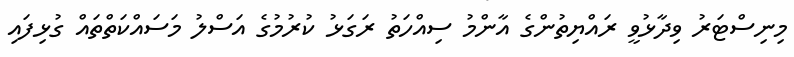
މިނިސްޓަރު ވިދާޅުވީ ރައްޔިތުންގެ އާންމު ސިއްހަތު ރަގަޅު ކުރުމުގެ އަސްލު މަސައްކަތްތައް ގުޅިފައި